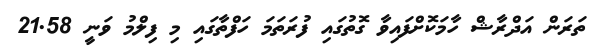
ތަރަން އަދްރާޝް ހާމަކޮށްފައިވާ ގޮތުގައި ފުރަތަމަ ހަފްތާގައި މި ފިލްމު ވަނީ 21.58